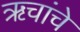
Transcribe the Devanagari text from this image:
ॠचांचे